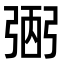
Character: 弻